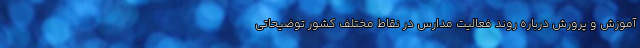
آموزش و پرورش درباره روند فعالیت مدارس در نقاط مختلف کشور توضیحاتی